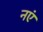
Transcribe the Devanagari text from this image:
नएं